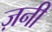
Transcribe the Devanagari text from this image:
ज़नी